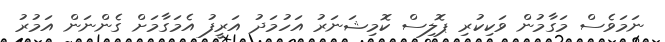
ނަމަވެސް މަގާމުން ވަކިކުރި ޕޮލިސް ކޮމިޝަނަރު އަހުމަދު އަރީފު އެމަގާމަށް ގެންނަން އަމުރު